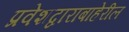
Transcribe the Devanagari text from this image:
प्रवेशद्वाराबाहेरील